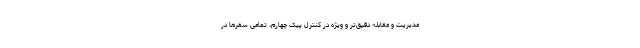
مدیریت و مقابله دقیق‌تر و ویژه در کنترل پیک چهارم، تمامی سفرها در